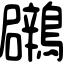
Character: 鸊